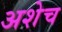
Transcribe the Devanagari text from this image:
अशेच